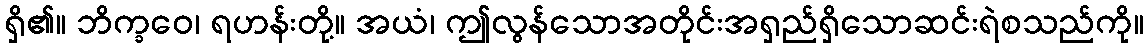
ရှိ၏။ ဘိက္ခဝေ၊ ရဟန်းတို့။ အယံ၊ ဤလွန်သောအတိုင်းအရှည်ရှိသောဆင်းရဲစသည်ကို။